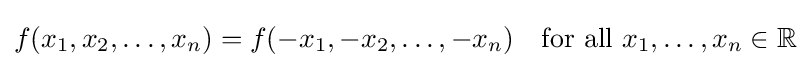
f(x_{1},x_{2},\ldots ,x_{n})=f(-x_{1},-x_{2},\ldots ,-x_{n})\quad {\text{for all }}x_{1},\ldots ,x_{n}\in \mathbb {R}